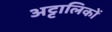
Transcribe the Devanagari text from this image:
अट्टालिकों